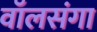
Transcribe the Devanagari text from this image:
वॉलसंगा